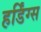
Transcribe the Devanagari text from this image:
हर्डिंग्स